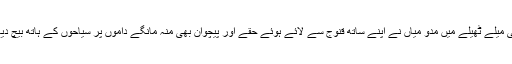
اسی میلے ٹھیلے میں مدّو میاں نے اپنے ساتھ قنوج سے لائے ہوئے حقے اور پیچوان بھی منہ مانگے داموں پر سیاحوں کے ہاتھ بیچ دیے۔